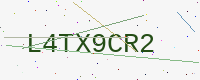
Text: L4TX9CR2